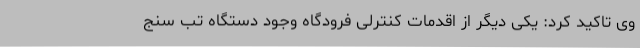
وی تاکید کرد: یکی دیگر از اقدمات کنترلی فرودگاه وجود دستگاه تب سنج